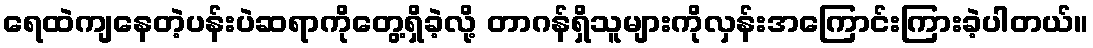
ရေထဲကျနေတဲ့ပန်းပဲဆရာကိုတွေ့ရှိခဲ့လို့ တာဂန်ရှိသူများကိုလှန်းအကြောင်းကြားခဲ့ပါတယ်။